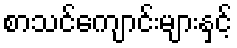
စာသင်ကျောင်းများနှင့်